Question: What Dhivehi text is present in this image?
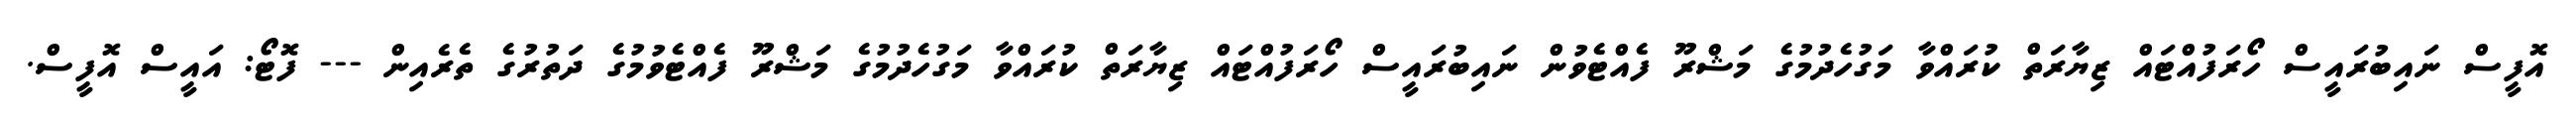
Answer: އޮފީސް ނައިބުރައީސް ހޯރަފުއްޓައް ޒިޔާރަތް ކުރައްވާ މަގުހެދުމުގެ މަޝްރޫ ފެއްޓެވުން ނައިބުރައީސް ހޯރަފުއްޓައް ޒިޔާރަތް ކުރައްވާ މަގުހެދުމުގެ މަޝްރޫ ފެއްޓެވުމުގެ ދަތުރުގެ ތެރެއިން --- ފޮޓޯ: އައީސް އޮފީސް.